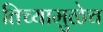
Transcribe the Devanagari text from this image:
तिच्यामुळेच